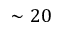
\sim 2 0